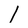
Character: l